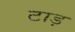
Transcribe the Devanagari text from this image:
टाड़